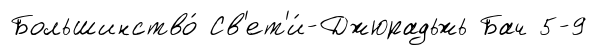
Большинство́ Св'ет'и́-Джюрадьжь Бач 5-9